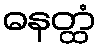
ဓနတ္ထံ